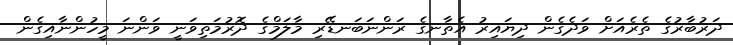
ދަރުބާރުގެ ތެރެއަށް ވަދެގެން ދިޔައިރު އެތާނގެ ރަންނަބަނޑޭރި މާލަމްގެ ދޮރުމަތިވަނީ ވަންނަ މީހުންނާއިގެން